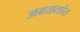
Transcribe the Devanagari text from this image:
अढळतांत